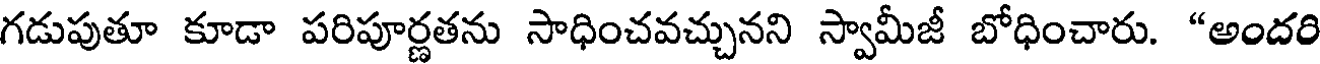
గడుపుతూ కూడా పరిపూర్ణతను సాధించవచ్చునని స్వామీజీ బోధించారు. "అందరి